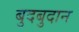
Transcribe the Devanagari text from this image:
बुदबुदान